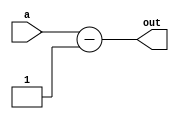
module decre_A(output [7:0] out, input [7:0] a);

assign out = a - 1;

endmodule